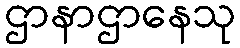
ဌာနာဌာနေသု